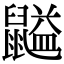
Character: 𪕶